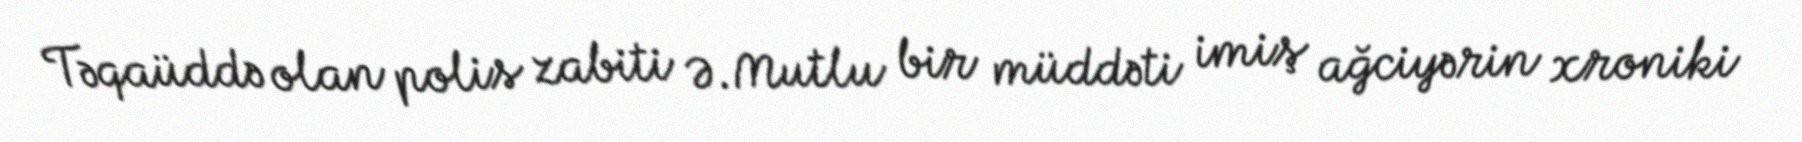
Təqaüddə olan polis zabiti Ə.Mutlu bir müddəti imiş ağciyərin xroniki